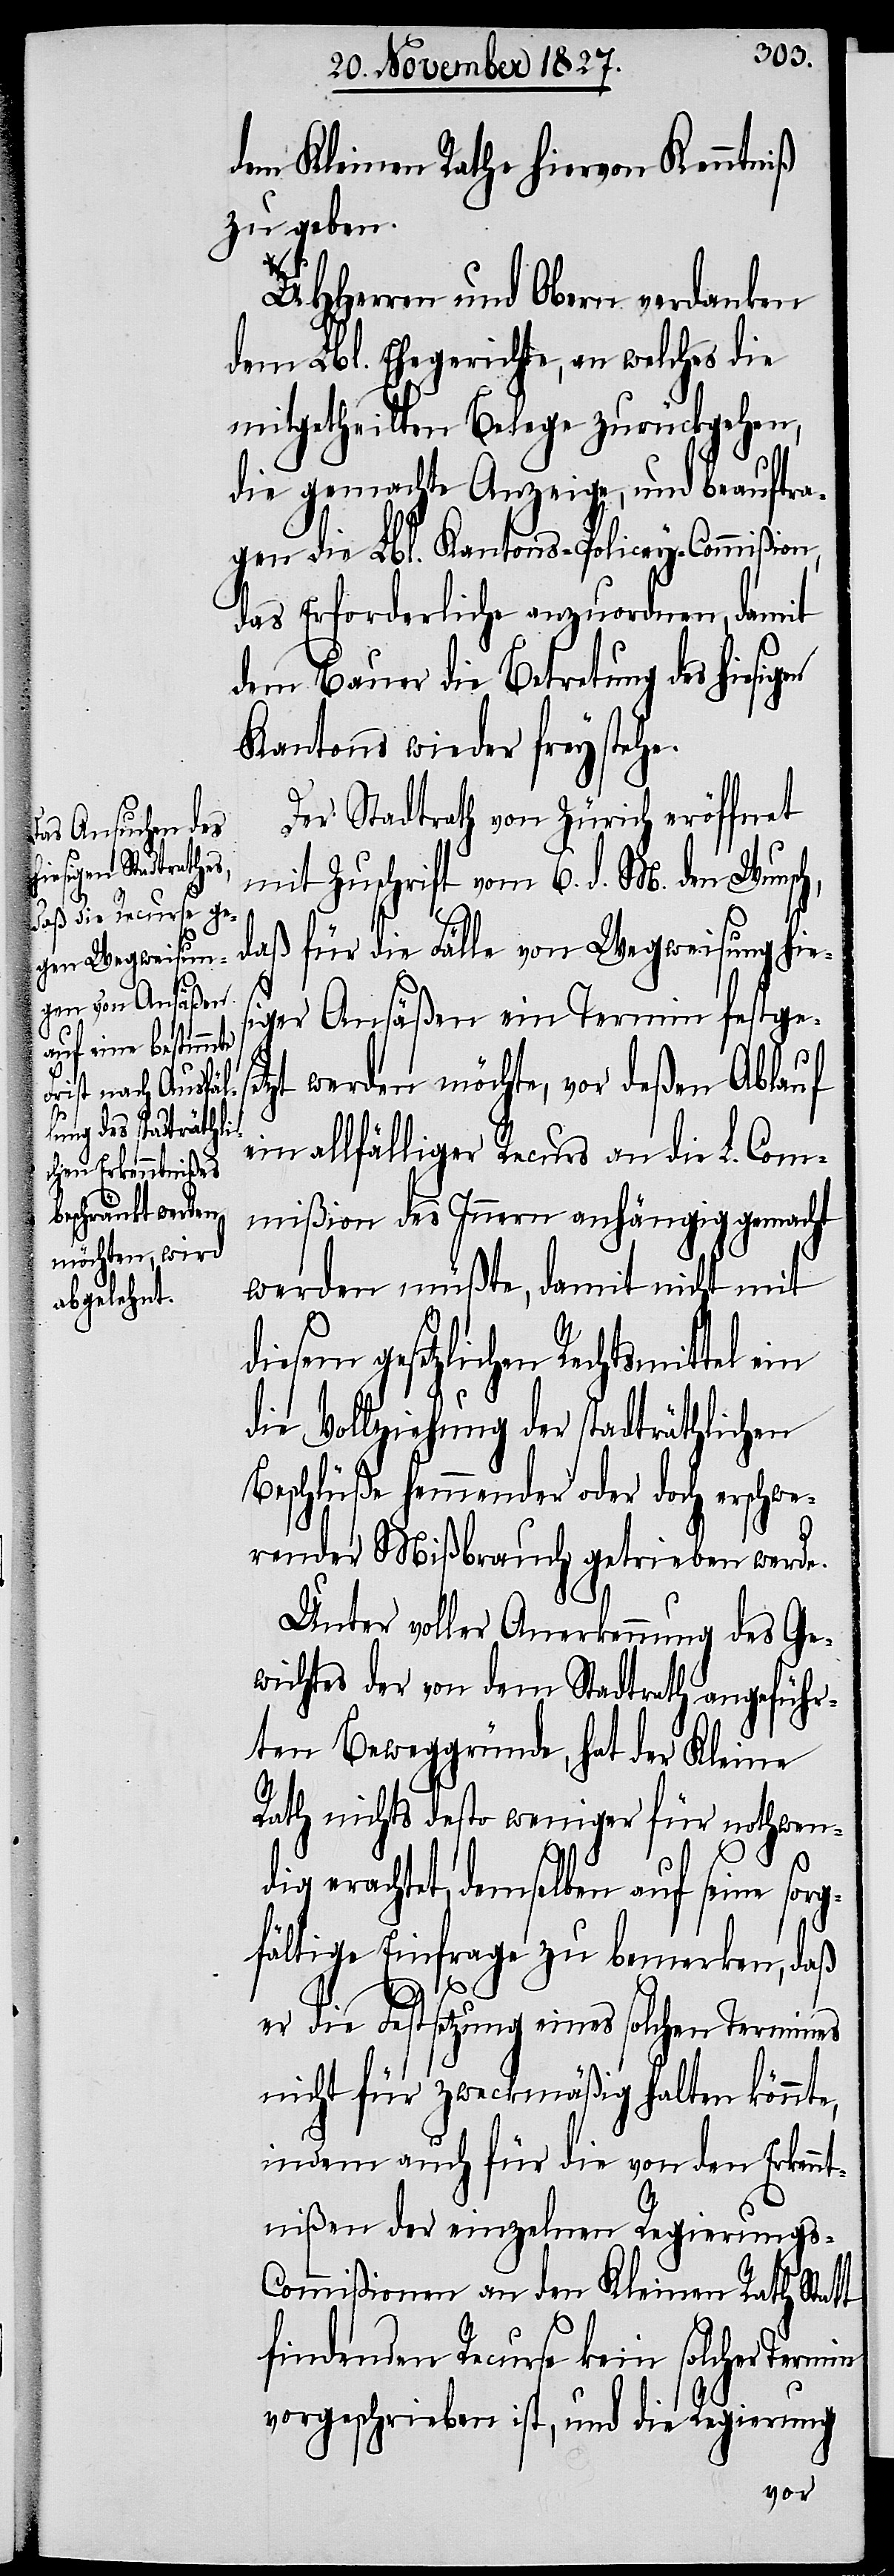
dem Kleinen Rathe hiervon Kenntniß
zu geben.
UHHerren und Obern verdanken
dem Lbl. Ehegerichte, an welches die
mitgetheilten Belege zurückgehen,
die gemachte Anzeige, und beauftra¬
gen die Lbl. Kantons-Policey-Commißion,
das Erforderliche anzuordnen, damit
dem Bauer die Betretung des hiesig¬
Kantons wieder freystehe.
Der Stadtrath von Zürich eröffnet
mit Zuschrift vom 6. d. M. den Wunsch,
iger Ansäßen ein Termin festge¬
s¬
etzt werden möchte, vor deßen Ablauf
ein allfälliger Recurs an die L. Com¬
mißion des Innern anhängig gemacht
werden müßte, damit nicht mit
diesem gesetzlichen Rechtsmittel
die Vollziehung der stadträthlichen
Beschlüße hemmender oder doch erschwe¬
render Mißbrauch getrieben werden.
e,
Unter voller Anerkennung des Ge¬
wichtes der von dem Stadtrath angeführ¬
ten Beweggründe, hat der Kleine
Rath nichts desto weniger für nothwen¬
dig erachtet, demselben auf seine sor¬
gfältige Einfrage zu bemerken, daß
er die Festsetzung eines solchen Termines
nicht für zweckmäßig halten könnt¬
indem auch für die von den Erkenn¬
tnißen der einzelnen Regierung-C¬
ommißion an den Kleinen Rath Statt
findenden Recurse kein solcher Termin
vorgeschrieben ist, und die Regierung
von